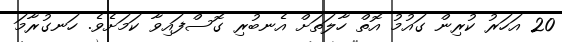
20 އަހަރު ކުރިން ގައުމު އޮތް ހާލަތަށް އެނބުރި ގޮސްފައިވާ ކަމަށެވެ. ހަނގުރާމަ